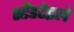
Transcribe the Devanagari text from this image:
स्टैडटेइले